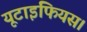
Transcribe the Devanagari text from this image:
यूटाइफियस।